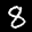
Label: 8